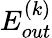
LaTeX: E_{out}^{(k)}